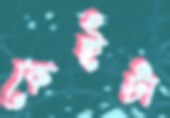
কেইটা